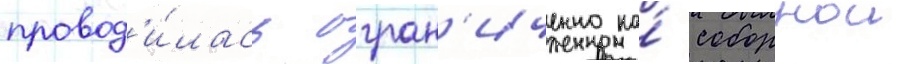
провод'и́лась огран'иченно на́ соборнои